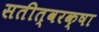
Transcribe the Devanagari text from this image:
सतीत्वरक्षा